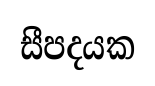
සීපදයක